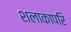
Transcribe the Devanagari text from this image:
शलाकापरि